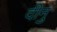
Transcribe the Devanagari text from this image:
दीनु